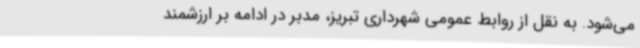
می‌شود. به نقل از روابط عمومی شهرداری تبریز، مدبر در ادامه بر ارزشمند